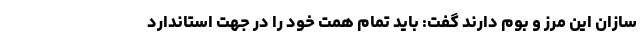
سازان این مرز و بوم دارند گفت: باید تمام همت خود را در جهت استاندارد